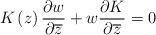
LaTeX: \begin{align*} K\left( z \right)\frac{\partial w}{\partial \overline{z}}+w\frac{\partial K}{\partial \overline{z}}=0\end{align*}